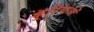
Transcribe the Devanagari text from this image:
कुटियाओं